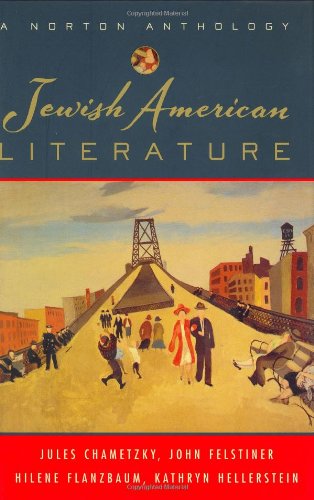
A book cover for Jewish American Literature: A Norton Anthology; Literature & Fiction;